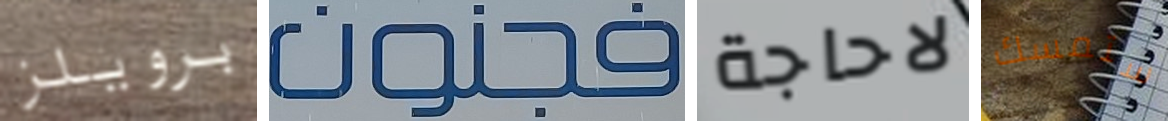
برويلز فجنون لاحاجة ستمسك